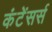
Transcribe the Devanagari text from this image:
कंटेंसर्स